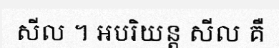
សីល ។ អបរិយន្ត សីល គឺ